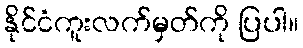
နိုင်ငံကူးလက်မှတ်ကို ပြပါ။